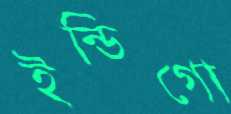
ইন্ডিগো